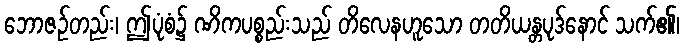
ဘောဇဉ်တည်း၊ ဤပုံစံ၌ ဏိကပစ္စည်းသည် တိလေနဟူသော တတိယန္တပုဒ်နောင် သက်၏၊